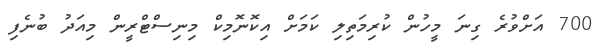
700 އަށްވުރެ ގިނަ މީހުން ކުރިމަތިލި ކަމަށް އިކޮނޮމިކް މިނިސްޓްރީން މިއަދު ބުނެފި